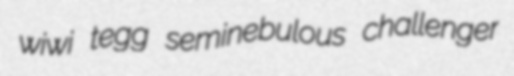
wiwi tegg seminebulous challenger